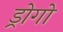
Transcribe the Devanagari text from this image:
ड्रोगो